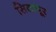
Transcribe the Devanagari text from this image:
सितापूर